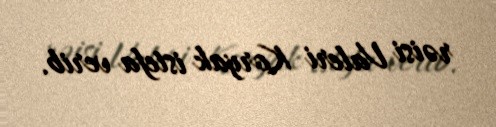
rəisi Valeri Koryak istefa verib.